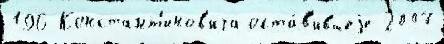
196 Констант'инов'ича оста́в'ившеjе 2007